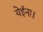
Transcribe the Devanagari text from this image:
येईना।